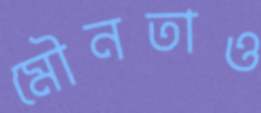
মৌনতাও